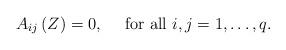
LaTeX: \begin{align*} A_{ij}\left(Z\right)=0,\quad\mbox{ for all $i,j=1,\dots,q$.} \end{align*}